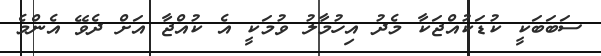
ސަބަބަކީ ކުޑަކުއްޖަކާ މެދު އިހުމާލު ވުމަކީ އެ ކުއްޖާ އަށް ދެވޭ އެންމެ